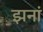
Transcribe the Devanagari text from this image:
झनां